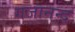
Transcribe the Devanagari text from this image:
गजानन्द